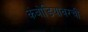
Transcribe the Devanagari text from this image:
कंबोडियावरची